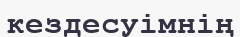
кездесуімнің